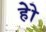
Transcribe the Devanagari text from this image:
हेेो